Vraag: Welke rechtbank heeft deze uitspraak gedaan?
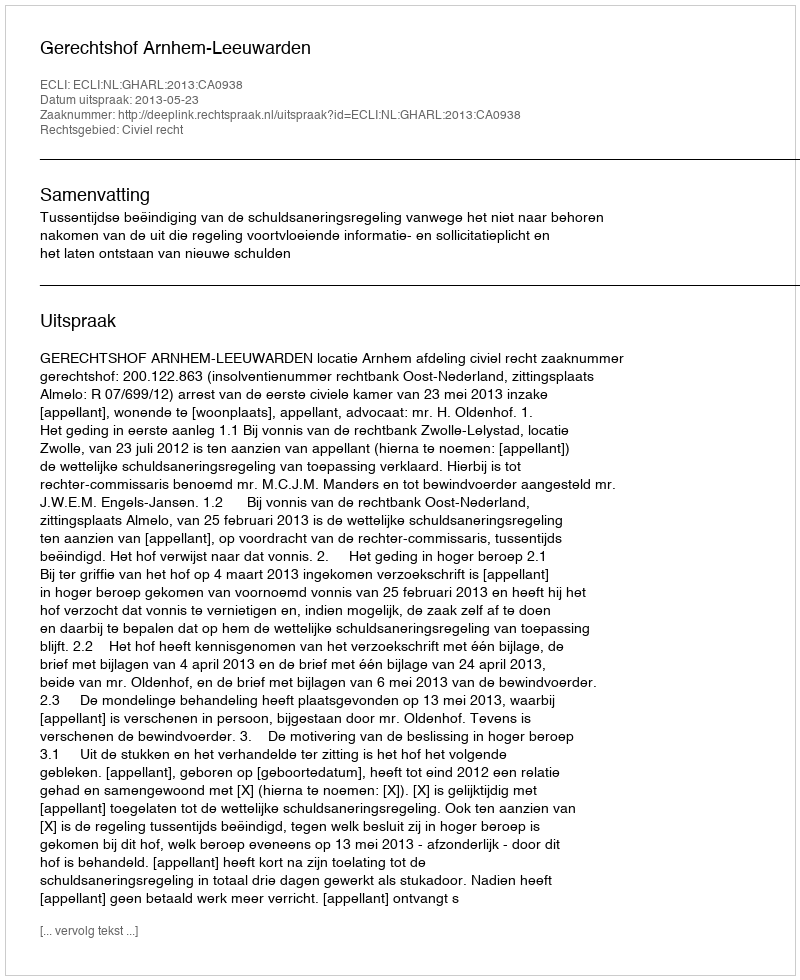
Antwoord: Gerechtshof Arnhem-Leeuwarden